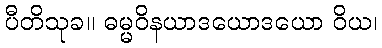
ပီတိသုခ။ ဓမ္မဝိနယာဒယောဒယော ဝိယ၊